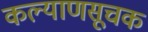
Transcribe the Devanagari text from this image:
कल्याणसूचक